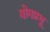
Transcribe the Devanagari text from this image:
योगप्रभू